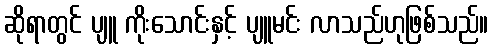
ဆိုရာတွင် ပျူ ကိုးသောင်းနှင့် ပျူမင်း လာသည်ဟုဖြစ်သည်။